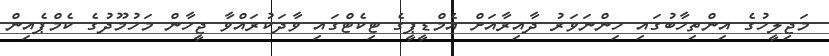
މަޖިލީހުގެ އިންތިހާބުގައި ހިންނަވަރު ދާއިރާއަށް އެމްޑީޕީގެ ޓިކެޓްގައި ވާދަކުރައްވާ ޖީހާން މަހުމޫދުގެ ކެމްޕެއިން